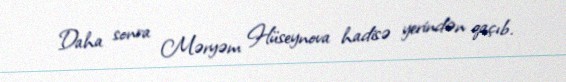
Daha sonra Məryəm Hüseynova hadisə yerindən qaçıb.